Vaccination in Bombay 1874-1876 - 1874-1876
Year: 1874
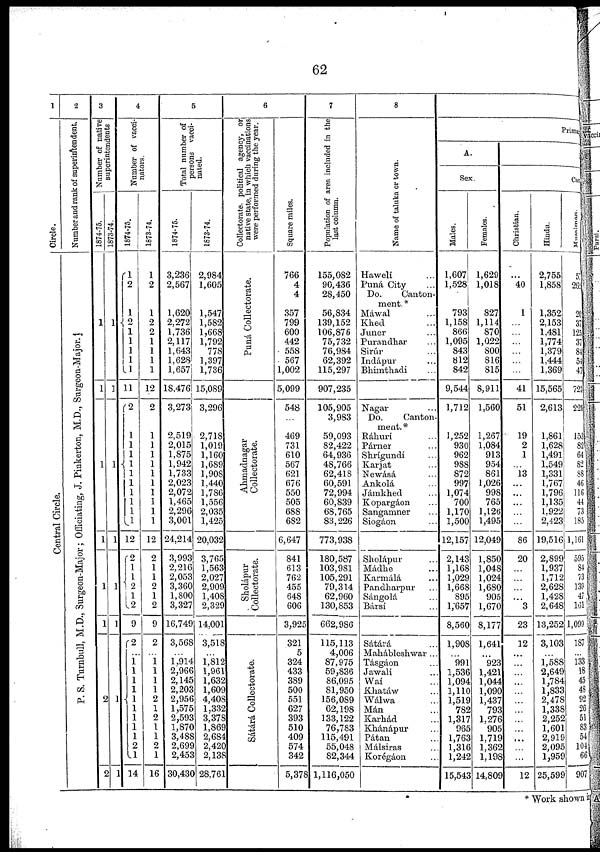
62
1
Circle.
Central Circle.
2
Number and rank of superintendent.
P. S. Turnbull, M.D., Surgeon-Major; Officiating, J. Pinkerton, M.D., Surgeon-Major.
3
Number of native
superintendents
1874-75.
1
1
1
1
1
1
2
2
1873-74.
1
1
1
1
1
1
1
1
4
Number of vacci-
nators.
1874-75.
1
2
1
2 1
1
1
1
1
11
2
1
1
1
1
1
1
1
1
1
1
12
2
1 1
2
1 2
9
2
...
1
1
1
1
1
1
1
1
1
2
1
14
1873-74.
1
2
1
2
2
1
1
1
1
12
2
1
1
1
1
1
1
1
1
1
1
12
2
1
1
2
1
2
9
2
...
1 1
1
1
2
1
2
1
1
2
1
16
5
Total number of
persons vacci-
nated.
1874-75.
3,236
2,567
1,620
2,272
1,736
2,117
1,643
1,628
1,657
18,476
3,273
2,519
2,015
1,875
1,942
1,733
2,023
2,072
1,465
2,296
3,001
24,214
3,993
2,216
2,053
3,360
1,800
3,327
16,749
3,568
1,914
2,966
2,145
2,203
2,956
1,575
2,593
1,870
3,488
2,699
2,453
30,430
1873-74.
2,984
1,605
1,547
1,582
1,668
1,792
778
1,397
1,736
15,089
3,296
2,718
1,019
1,160
1,689
1,908
1,440
1,786
1,556
2,035
1,425
20,032
3,765
1,563
2,027
2,909
1,408
2,329
14,001
3,518
1,812
1,961
1,632
1,609
4,408
1,335
3,378
1,869
2,684
2,420
2,138
28,761
6
Collectorate, political agency, or
native state, in which vaccinations
were performed during the year.
Puná Collectorate.
Ahmadnagar
Collectorate.
Sholápur
Collectorate.
Sátárá Collectorate.
Square miles.
766
4
4
357
799
600
442
558
567
1,002
5,099
548
...
469
731
610
567
621
676
550
505
688
682
6,647
841
613
762
455
648
606
3,925
321
5
324
433
389
500
551
627
393
510
409
574
342
5,378
7
Population of area included in the
last column.
155,082
90,436
28,450
56,834
139,152
106,876
75,732
76,984
62,392
115,297
907,235
105,905
3,983
59,093
82,422
64,936
48,766
62,418
60,591
72,994
60,839
68,765
83,226
773,938
180,587
103,981
105,291
79,314
62,960
130,853
662,986
115,113
4,006
87,975
59,836
86,095
81,950
156,089
62,198
133,122
76,783
115,491
55,048
82,344
1,116,050
8
Name of taluka or town.
Hawelí ...
Puná City ...
Do.
Canton-
ment.*
Máwal ...
Khed ...
Juner ...
Purandhar ...
Sirúr ...
Indápur ...
Bhimthadi ...
Nagar ...
Do.
Canton-
ment.*
Ráhurí ...
Párner ...
Shrígundi ...
Karjat ...
Newásá ...
Ankolá ...
Jámkhed ...
Kopargáon ...
Sangamner ...
Siogáon ...
Sholápur ...
Mádhe ...
Karmálá ...
Pandharpur ...
Sángolá ...
Bársí ...
Sátárá ...
Mahábleshwar ...
Tásgáon ...
Jawalá ...
Waí ...
Khatáw ...
Wálwa ...
Mán ...
Karhád ...
Khánápur ...
Pátan ...
Málsiras ...
Korégáon ...
Primary
A.
Sex.
Males.
1,607
1,528
793
1,158
866
1,095
843
812
842
9,544
1,712
1,252
930
962
988
872
997
1,074
700
1,170
1,500
12,157
2,143
1,168
1,029
1,668
895
1,657
8,560
1,908
... 991
1,536
1,094
1,110
1,519
782
1,317
965
1,763
1,316
1,242
15,543
Females.
1,629
1,018
827
1,114
870
1,022
800
816
815
8,911
1,560
1,267
1,084
913
954
861
1,026
998
765
1,126
1,495
12,049
1,850
1,048
1,024
1,680
905
1,670
8,177
1,641
... 923
1,421
1,044
1,090
1,437
793
1,276
905
1,719
1,362
1,198
14,809
B.
Cast e.
Christian.
...
40
1
...
...
...
...
...
...
41
51
19
2
1
...
13
...
...
...
...
...
86
20
...
...
...
...
3
23
12
...
...
...
...
...
...
...
...
...
...
...
...
12
Hindu.
2,755
1,858
1,352
2,153
1,481
1,774
1,379
1,444
1,369
15,565
2,613
1,861
1,628
1,491
1,549
1,331
1,767
1,796
1,135
1,922
2,423
19,516
2,899
1,937
1,712
2,628
1,428
2,648
13,252
3,103
...
1,588
2,649
1,784
1,833
2,478
1,338
2,252
1,601
2,919
2,095
1,959
25,599
Musalman.
57
265
20
37
125
37
84
54
47
723
228
153
82
64
82
88
46
116
44
73
185
1,161
595
84
73
139
47
161
1,099
187
...
133
18
45
48
92
26
51
83
54
104
66
907
* Work shown in